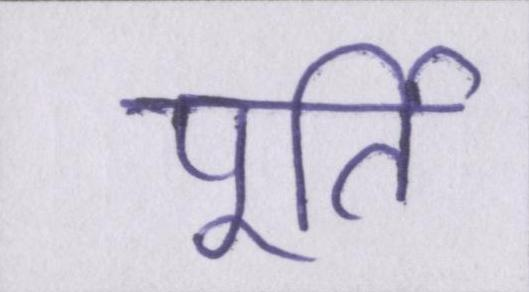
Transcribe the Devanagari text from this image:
पूर्ति